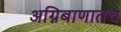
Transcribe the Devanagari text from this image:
अग्निबाणातच